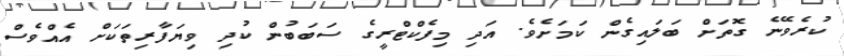
ކުރެވޭނެ ގޮތަށް ބަލައިގެން ކަމަށެވެ. އަދި މިފެކްޓްރީގެ ސަބަބުން ކުދި ވިޔަފާރިތަކަށް އެއްވެސް